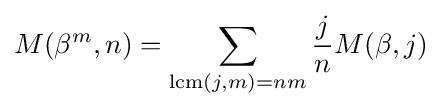
M(\beta ^{m},n)=\sum _{\operatorname {lcm} (j,m)=nm}{\frac {j}{n}}M(\beta ,j)